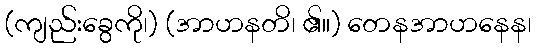
(ကျည်းခွေကို၊) (အာဟနတိ၊ ၏။) တေနအာဟနေန၊